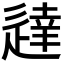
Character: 𫐳